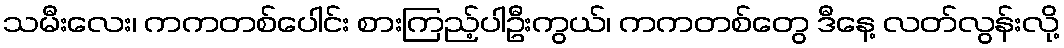
သမီးလေး၊ ကကတစ်ပေါင်း စားကြည့်ပါဦးကွယ်၊ ကကတစ်တွေ ဒီနေ့ လတ်လွန်းလို့